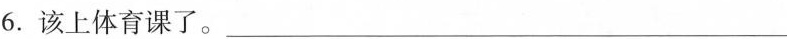
6.该上体育课了。________________________________